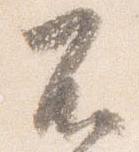
不